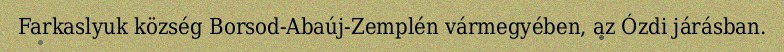
Farkaslyuk község Borsod-Abaúj-Zemplén vármegyében, az Ózdi járásban.